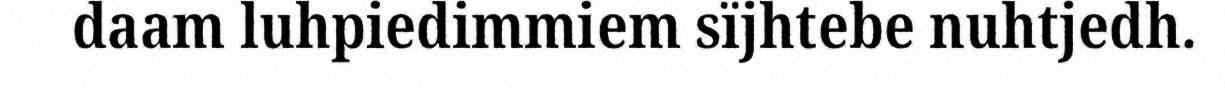
daam luhpiedimmiem sïjhtebe nuhtjedh.